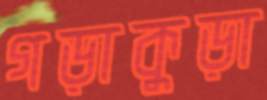
গড়াকুড়া